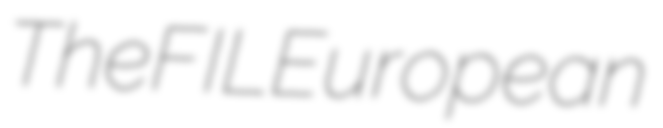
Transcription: The FIL European